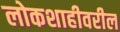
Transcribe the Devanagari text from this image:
लोकशाहीवरील